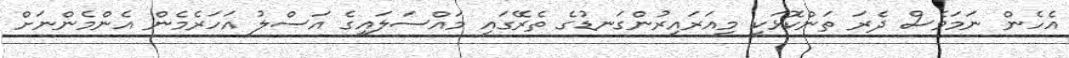
އެހެން ނަމަވެސް ދެރަ ތަންކޮޅަކީ މިއަރައިރުންގަނޑުގެ ތެރޭގައި މައްސަލައިގެ އަސްލު އަހަރެމެން އެންމެންނަށް